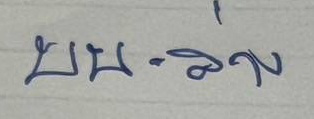
บน - ล่าง